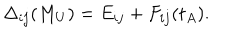
LaTeX: { \Delta _ { i j } ( M _ { U } ) = { E _ { i j } } + F _ { i j } ( t _ { A } ) } .